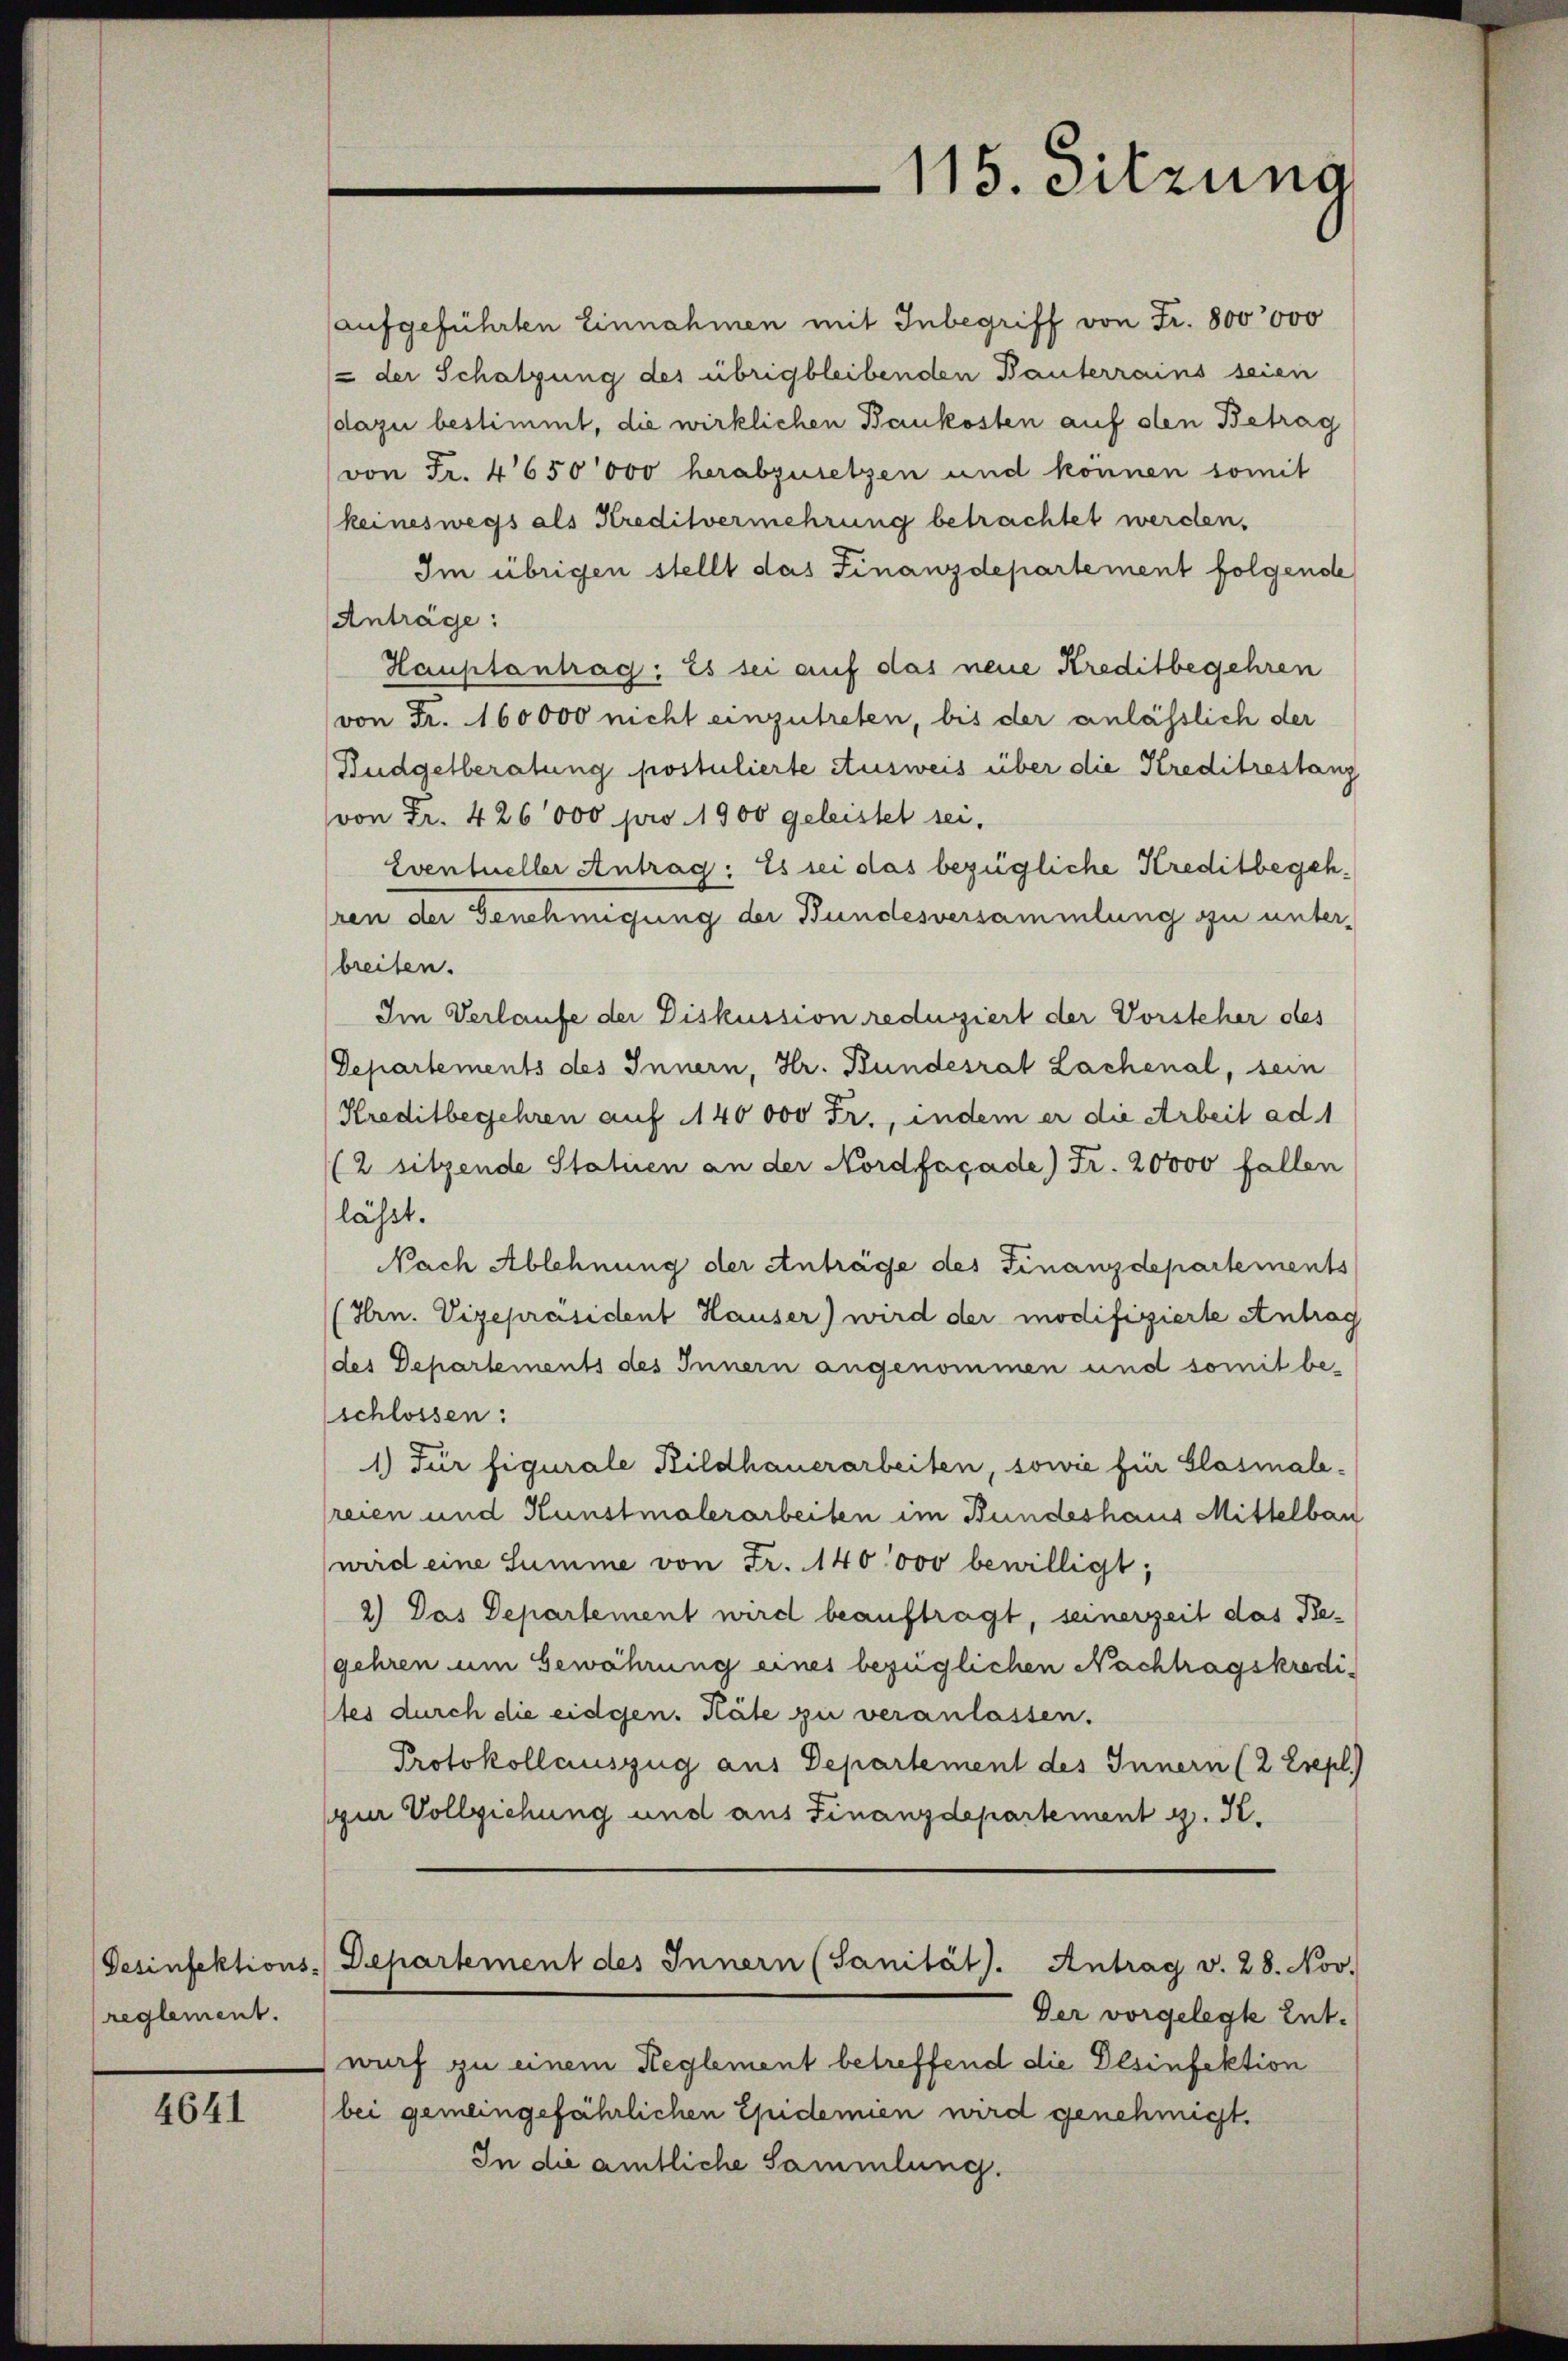
reglement.

4641

aufgeführten Einnahmen mit Inbegriff von Fr. 800,000
 der Schatzung des übrigbleibenden Bauterrains seien
dazu bestimmt, die wirklichen Baukosten auf den Betrag
(von Fr. 4650000 herabzusetzen und können somit
keineswegs als Kreditvermehrung betrachtet werden.
Im übrigen stellt das Finanzdepartement folgende
Anträge:
Hauptantrag: Es sei auf das neue Kreditbegehren
von Fr. 160000 nicht einzutreten, bis der anlässlich der
Budgetberatung postulierte Ausweis über die Kreditrestanz
von Fr. 426000 pro 1900 geleistet sei.
Eventueller Antrag: Es sei das bezügliche Kreditbegehren der Genehmigung der Bundesversammlung zu unterbreiten.
Im Verlaufe der Diskussion reduziert der Vorsteher des
Departements des Innern, Hr. Bundesrat Lachenal, sein
Kreditbegehren auf 140000 Fr., indem er die Arbeit ad 1
(2 sitzende Statien an der Nordfaçade) Fr. 20000 fallen
lässt.
Nach Ablehnung der Anträge des Finanzdepartements
(Hrn. Vizepräsident Hauser) wird der modifizierte Antrag
des Departements des Innern angenommen und somit be-
schlossen:
1.) Für figurale Bildhauerarbeiten, sowie für Glasialereien und Kunstmalerarbeiten im Bundeshaus Mittelbau
wird eine Summe von Fr. 140,000 bewilligt;
2) Das Departement wird beauftragt, seinerzeit das Begehren um Gewährung eines bezüglichen Nachtragskredistes durch die eidgen. Häte zu veranlassen.
Protokollauszug aus Departement des Innern (2 Erepl
pur Vollziehung und aus Finanzdepartement z. K.
Gesinfektions-Departement des Innern (Sanität. Antrag v. 28. Nov.
Der vorgelegte Entwurf zu einem Reglement betreffend die Desinfektion
bei gemeingefährlichen Epidemien wird genehmigt.
In die amtliche Sammlung.

115. Sitzung